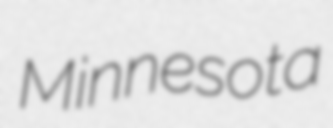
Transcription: Minnesota